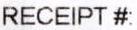
RECEIPT#: